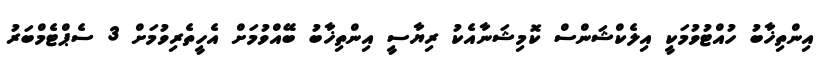
އިންތިޚާބު ހުއްޓުވުމަކީ އިލެކްޝަންސް ކޮމިޝަނާއެކު ރިޔާސީ އިންތިޚާބު ބޭއްވުމަށް އެހީތެރިވުމަށް 3 ސެޕްޓެމްބަރު